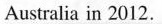
Australia in 2012.